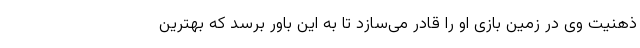
ذهنیت وی در زمین بازی او را قادر می‌سازد تا به این باور برسد که بهترین